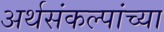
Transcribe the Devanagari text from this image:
अर्थसंकल्पांच्या